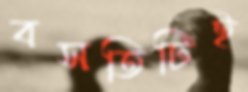
বসতিটিই